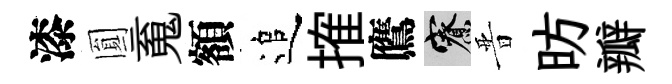
漆圎䰟額追搉鷹寮晋昉瓣